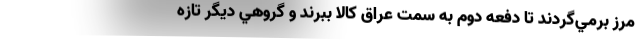
مرز برمي‌گردند تا دفعه دوم به سمت عراق كالا ببرند و گروهي ديگر تازه